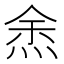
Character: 𭴯